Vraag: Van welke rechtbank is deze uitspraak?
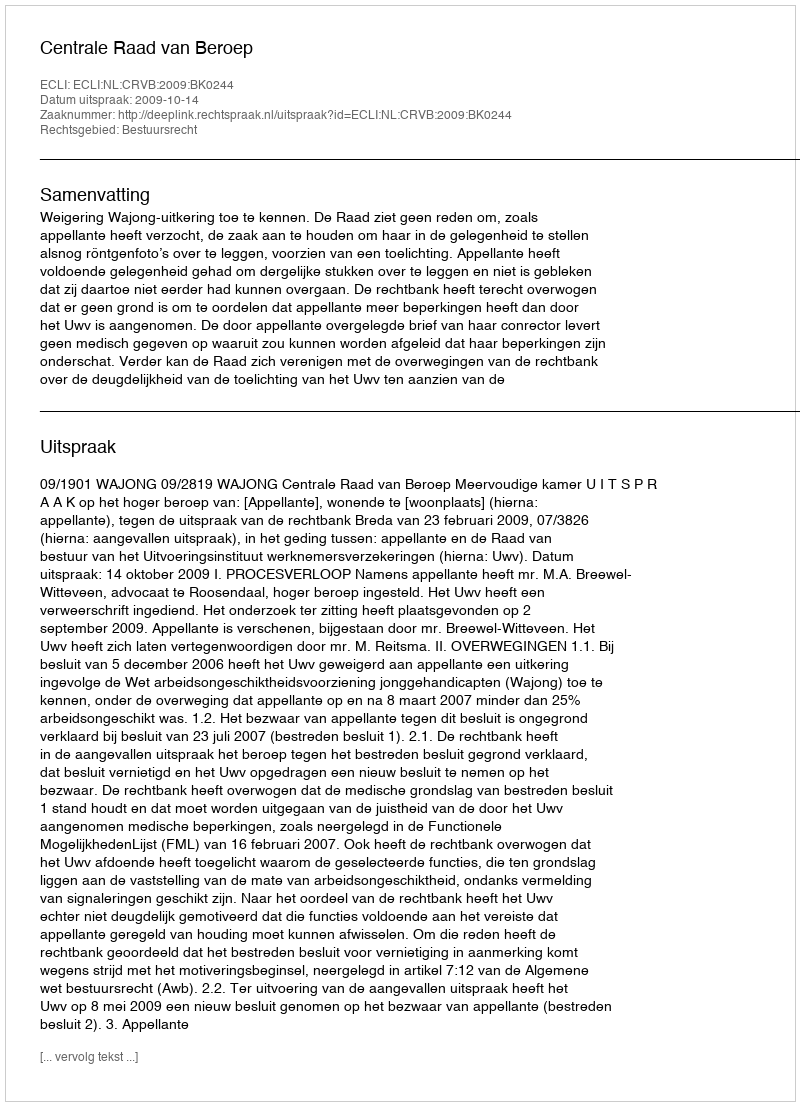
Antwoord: Centrale Raad van Beroep